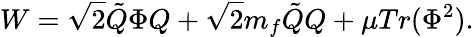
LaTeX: W=\sqrt{2}\tilde{Q}\Phi Q+\sqrt{2}m_{f}\tilde{Q}Q+\mu Tr(\Phi^{2}).